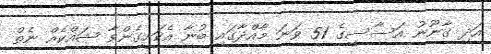
އަދި ގާނޫނު އަސާސީގެ 51 ވަނަ މާއްދާގައި ބުނާ އެކަށީގެންވާ ޝައްކެއް ނެތް